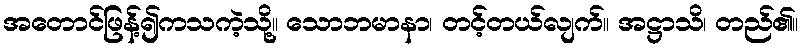
အတောင်ဖြန့်၍ကသကဲ့သို့။ သောဘမာနာ၊ တင့်တယ်လျက်။ အဋ္ဌာသိ၊ တည်၏။